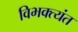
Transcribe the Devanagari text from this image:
विभक्त्यंत